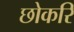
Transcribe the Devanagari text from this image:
छोकरि